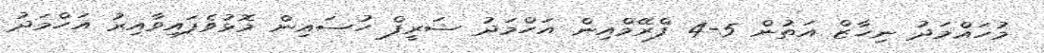
މުހައްމަދު ނިހާޒް އަތުން 5-4 ފްރޭމްއިން އަހްމަދު ޝަރީފް ހުސައިން މޮޅުވެފައިވާއިރު އަހްމަދު